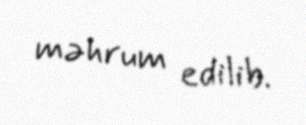
məhrum edilib.